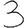
Digit: 3